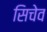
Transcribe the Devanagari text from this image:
सिचेव